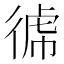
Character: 𭛺